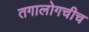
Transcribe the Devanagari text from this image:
तगालोगचीच